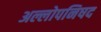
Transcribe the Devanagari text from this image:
अल्लोपनिषद